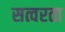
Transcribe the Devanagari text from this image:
सत्वरता